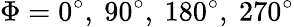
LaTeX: \Phi=0^{\circ},\ 90^{\circ},\ 180^{\circ},\ 270^{\circ}